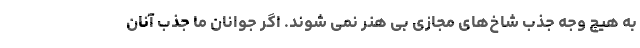
به هیچ وجه جذب شاخ‌های مجازی بی هنر نمی شوند. اگر جوانان ما جذب آنان